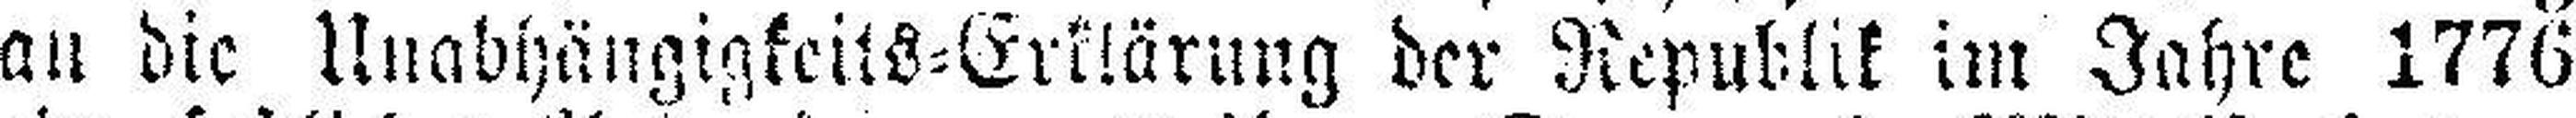
an die Unabhängigkeits=Erklärung der Republik im Jahre 1776